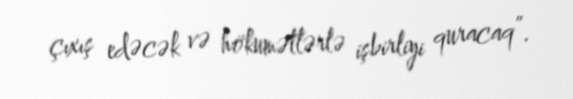
çıxış edəcək və hökumətlərlə işbirliyi quracaq”.